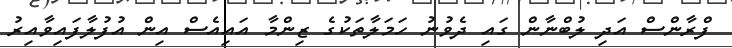
ފްރާންސް އަދި ލުބްނާން ގައި ދެވުނު ހަމަލާތަކުގެ ޒިންމާ އައިއެސް އިން އުފުލާފައިވާއިރު